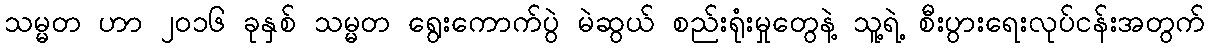
သမ္မတ ဟာ ၂၀၁၆ ခုနှစ် သမ္မတ ရွေးကောက်ပွဲ မဲဆွယ် စည်းရုံးမှုတွေနဲ့ သူ့ရဲ့ စီးပွားရေးလုပ်ငန်းအတွက်